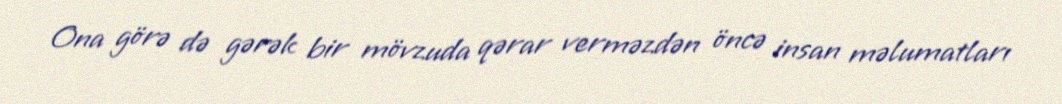
Ona görə də gərək bir mövzuda qərar verməzdən öncə insan məlumatları